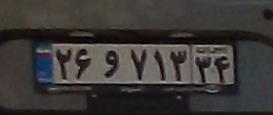
۲۶و۷۱۳۳۴